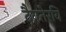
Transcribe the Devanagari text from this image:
दैवतेरवि